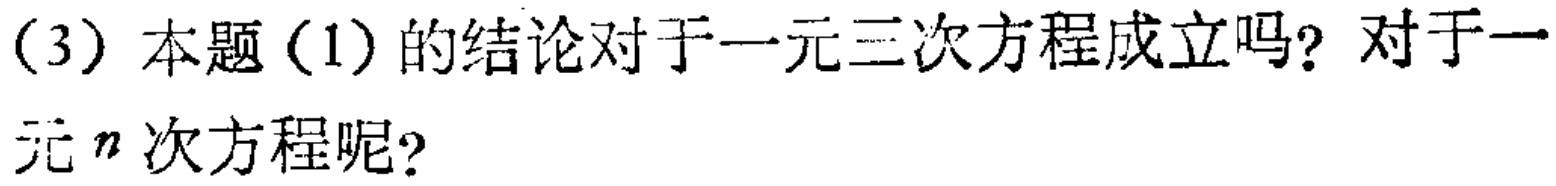
(3) 本题(1)的结论对于一元三次方程成立吗？对于一元\(n\)次方程呢？